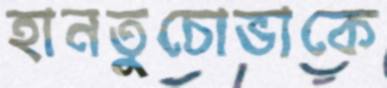
হানতুচোভাকে